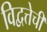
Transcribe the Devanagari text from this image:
विद्वत्तेची